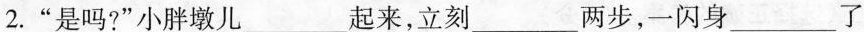
2.”是吗?”小胖墩儿___起来，立刻___两步，一闪身___了